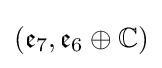
({\mathfrak {e}}_{7},{\mathfrak {e}}_{6}\oplus \mathbb {C} )